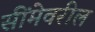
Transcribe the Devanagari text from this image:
सींमेवरील